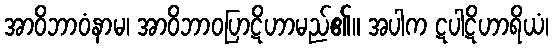
အာဝိဘာဝံနာမ၊ အာဝိဘာဝပြာဋိဟာမည်၏။ အပါက ဋပါဋိဟာရိယံ၊